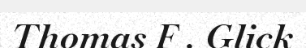
Thomas F . Glick